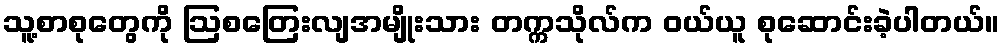
သူ့စာစုတွေကို ဩစတြေးလျအမျိုးသား တက္ကသိုလ်က ဝယ်ယူ စုဆောင်းခဲ့ပါတယ်။